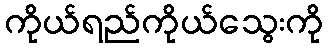
ကိုယ်ရည်ကိုယ်သွေးကို